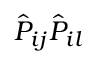
\hat { P } _ { i j } \hat { P } _ { i l }